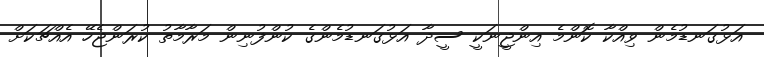
އަޅުގަނޑުމެން ވިއްކާ ކޮންމެ އިންޖީނަކީ ސީދާ އަޅުގަނޑުމެންގެ ކުންފުނިން މަރާމާތު ކުރަންޖެހޭ އެއްޗަކަށް